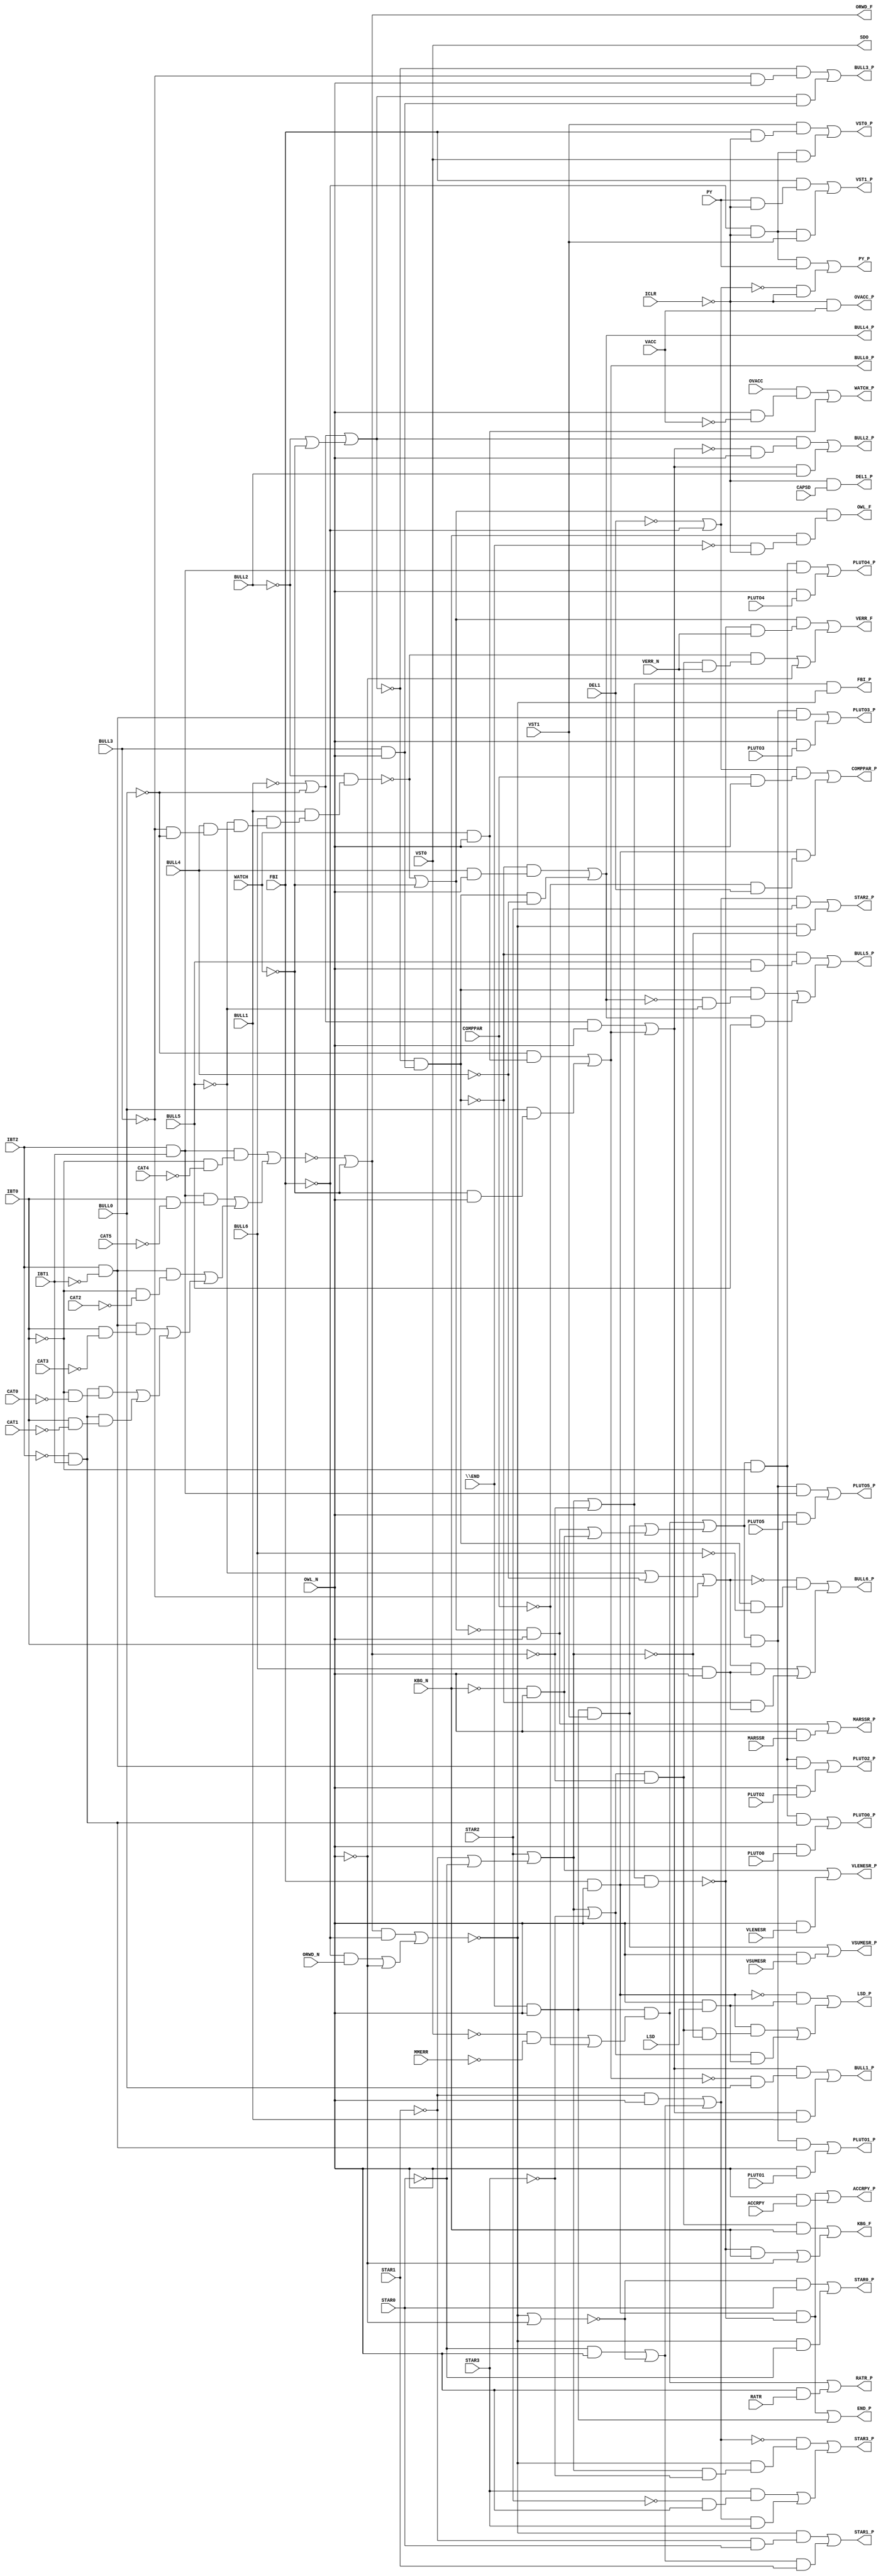
// IWLS benchmark module "apex7" printed on Wed May 29 16:27:40 2002
module apex7(CAPSD, CAT0, CAT1, CAT2, CAT3, CAT4, CAT5, VACC, MMERR, IBT0, IBT1, IBT2, ICLR, LSD, ACCRPY, VERR_N, RATR, MARSSR, VLENESR, VSUMESR, PLUTO0, PLUTO1, PLUTO2, PLUTO3, PLUTO4, PLUTO5, ORWD_N, OWL_N, PY, \END , FBI, WATCH, OVACC, KBG_N, DEL1, COMPPAR, VST0, VST1, STAR0, STAR1, STAR2, STAR3, BULL0, BULL1, BULL2, BULL3, BULL4, BULL5, BULL6, SDO, LSD_P, ACCRPY_P, VERR_F, RATR_P, MARSSR_P, VLENESR_P, VSUMESR_P, PLUTO0_P, PLUTO1_P, PLUTO2_P, PLUTO3_P, PLUTO4_P, PLUTO5_P, ORWD_F, OWL_F, PY_P, END_P, FBI_P, WATCH_P, OVACC_P, KBG_F, DEL1_P, COMPPAR_P, VST0_P, VST1_P, STAR0_P, STAR1_P, STAR2_P, STAR3_P, BULL0_P, BULL1_P, BULL2_P, BULL3_P, BULL4_P, BULL5_P, BULL6_P);
input
  PLUTO0,
  PLUTO1,
  PLUTO2,
  PLUTO3,
  PLUTO4,
  PLUTO5,
  PY,
  VST0,
  VST1,
  VLENESR,
  BULL0,
  BULL1,
  BULL2,
  BULL3,
  BULL4,
  BULL5,
  BULL6,
  MMERR,
  VERR_N,
  MARSSR,
  \END ,
  WATCH,
  FBI,
  STAR0,
  STAR1,
  STAR2,
  STAR3,
  ACCRPY,
  IBT0,
  IBT1,
  IBT2,
  VSUMESR,
  KBG_N,
  CAPSD,
  CAT0,
  CAT1,
  CAT2,
  CAT3,
  CAT4,
  CAT5,
  ICLR,
  OWL_N,
  ORWD_N,
  OVACC,
  VACC,
  RATR,
  LSD,
  DEL1,
  COMPPAR;
output
  VLENESR_P,
  VST1_P,
  COMPPAR_P,
  BULL5_P,
  END_P,
  PY_P,
  VERR_F,
  PLUTO4_P,
  VSUMESR_P,
  BULL0_P,
  LSD_P,
  STAR2_P,
  SDO,
  PLUTO5_P,
  BULL3_P,
  WATCH_P,
  FBI_P,
  PLUTO2_P,
  MARSSR_P,
  BULL6_P,
  KBG_F,
  STAR0_P,
  PLUTO3_P,
  RATR_P,
  OVACC_P,
  BULL1_P,
  PLUTO0_P,
  STAR3_P,
  VST0_P,
  OWL_F,
  BULL4_P,
  ORWD_F,
  PLUTO1_P,
  ACCRPY_P,
  STAR1_P,
  BULL2_P,
  DEL1_P;
wire
  \[5] ,
  \[45] ,
  \[6] ,
  \[46] ,
  \[7] ,
  \[47] ,
  \[8] ,
  \[48] ,
  \[9] ,
  \[49] ,
  \[20] ,
  \[21] ,
  C1G3,
  \[22] ,
  _1015_m_,
  \[23] ,
  _1214_m_,
  \[24] ,
  \[25] ,
  \[50] ,
  \[26] ,
  \[51] ,
  \[27] ,
  \[28] ,
  \[29] ,
  _254_m__inv,
  \[54] ,
  \[55] ,
  TIMOT,
  \[56] ,
  \[30] ,
  \[31] ,
  C2G5,
  \[32] ,
  \[33] ,
  \[34] ,
  _226_m_,
  \[35] ,
  _873_m_,
  \[36] ,
  \[37] ,
  _44_m__inv,
  \[38] ,
  \[39] ,
  \[10] ,
  \[11] ,
  \[12] ,
  _42_m_,
  _199_m__inv,
  \[13] ,
  \[14] ,
  \[15] ,
  \[40] ,
  \[16] ,
  \[1] ,
  \[41] ,
  \[17] ,
  \[2] ,
  \[42] ,
  \[18] ,
  \[3] ,
  \[43] ,
  \[19] ,
  \[4] ,
  \[44] ;
assign
  \[5]  = (~\[38]  & OWL_N) | (OWL_N & MARSSR),
  \[45]  = \END  & OWL_N,
  \[6]  = (~KBG_N & OWL_N) | (OWL_N & VLENESR),
  \[46]  = C2G5 | ~\[14] ,
  VLENESR_P = \[6] ,
  \[7]  = (\[45]  & VST1) | (OWL_N & VSUMESR),
  \[47]  = ~DEL1 | ~FBI,
  VST1_P = \[25] ,
  COMPPAR_P = \[23] ,
  \[8]  = (\[55]  & \[44] ) | (OWL_N & PLUTO0),
  BULL5_P = \[35] ,
  \[48]  = \[42]  | ~BULL3,
  \[9]  = (\[56]  & \[44] ) | (OWL_N & PLUTO1),
  END_P = \[17] ,
  \[49]  = IBT2 & ~IBT1,
  PY_P = \[16] ,
  VERR_F = \[3] ,
  \[20]  = ~ICLR & VACC,
  \[21]  = (_42_m_ & KBG_N) | ((~_199_m__inv & KBG_N) | ~OWL_N),
  PLUTO4_P = \[12] ,
  C1G3 = (\[50]  & (~IBT0 & ~CAT4)) | ((\[50]  & (IBT0 & ~CAT5)) | ((\[49]  & (~IBT0 & ~CAT2)) | ((\[49]  & (IBT0 & ~CAT3)) | ((\[44]  & (~IBT0 & ~CAT0)) | (\[44]  & (IBT0 & ~CAT1)))))),
  VSUMESR_P = \[7] ,
  \[22]  = ~ICLR & CAPSD,
  _1015_m_ = (\[45]  & \[40] ) | ((\[45]  & VST1) | ((~\[38]  & OWL_N) | (~KBG_N & OWL_N))),
  BULL0_P = \[30] ,
  LSD_P = \[1] ,
  \[23]  = (\[47]  & (COMPPAR & OWL_N)) | (\[41]  & (~COMPPAR & DEL1)),
  _1214_m_ = (\[51]  & OWL_N) | \[30] ,
  \[24]  = (VST1 & (FBI & ~ICLR)) | (\[54]  & VST0),
  STAR2_P = \[28] ,
  \[25]  = (FBI & (PY & ~ICLR)) | (\[54]  & VST1),
  \[50]  = IBT2 & IBT1,
  \[26]  = (~_44_m__inv & STAR0) | (~_254_m__inv & ~STAR0),
  SDO = VST0,
  \[51]  = ~BULL1 | ~BULL0,
  \[27]  = (~_254_m__inv & (~STAR1 & STAR0)) | (\[39]  & STAR1),
  PLUTO5_P = \[13] ,
  BULL3_P = \[33] ,
  \[28]  = (\[43]  & STAR2) | (~_254_m__inv & ~C2G5),
  WATCH_P = \[19] ,
  \[29]  = (~\[43]  & (~_254_m__inv & (C2G5 & ~STAR3))) | ((STAR3 & (~STAR2 & OWL_N)) | (\[43]  & STAR3)),
  FBI_P = \[18] ,
  _254_m__inv = (\[14]  & ~FBI) | ((~FBI & ORWD_N) | ~OWL_N),
  PLUTO2_P = \[10] ,
  \[54]  = ~FBI & ~ICLR,
  \[55]  = _1015_m_ & ~IBT0,
  MARSSR_P = \[5] ,
  TIMOT = ~BULL2 & (BULL1 & (BULL6 & (~BULL5 & (BULL4 & (~BULL3 & ~BULL0))))),
  \[56]  = _1015_m_ & IBT0,
  BULL6_P = \[36] ,
  KBG_F = \[21] ,
  STAR0_P = \[26] ,
  \[30]  = (~BULL0 & (WATCH & OWL_N)) | (BULL0 & (~WATCH & OWL_N)),
  \[31]  = (_1214_m_ & (~\[30]  & BULL0)) | (_1214_m_ & BULL1),
  PLUTO3_P = \[11] ,
  RATR_P = \[4] ,
  C2G5 = STAR2 | (~STAR1 | ~STAR0),
  OVACC_P = \[20] ,
  \[32]  = (_226_m_ & (~_1214_m_ & OWL_N)) | (_1214_m_ & BULL2),
  BULL1_P = \[31] ,
  \[33]  = (~_226_m_ & (~BULL3 & OWL_N)) | (_226_m_ & (BULL3 & OWL_N)),
  PLUTO0_P = \[8] ,
  \[34]  = (~_873_m_ & (BULL4 & OWL_N)) | (_873_m_ & ~BULL4),
  _226_m_ = \[51]  | (~BULL2 | ~WATCH),
  STAR3_P = \[29] ,
  \[35]  = (~_873_m_ & (BULL5 & OWL_N)) | ((_873_m_ & (~\[34]  & ~BULL5)) | (\[34]  & BULL5)),
  _873_m_ = ~_226_m_ & (BULL3 & OWL_N),
  \[36]  = (~\[48]  & (_873_m_ & ~BULL6)) | ((\[48]  & (BULL6 & OWL_N)) | (~_873_m_ & (BULL6 & OWL_N))),
  \[37]  = C2G5 | ~STAR3,
  VST0_P = \[24] ,
  OWL_F = \[15] ,
  _44_m__inv = ~_254_m__inv | ~OWL_N,
  BULL4_P = \[34] ,
  \[38]  = ~TIMOT | ~WATCH,
  ORWD_F = \[14] ,
  \[39]  = (~STAR0 & OWL_N) | ~_44_m__inv,
  PLUTO1_P = \[9] ,
  \[10]  = (\[55]  & \[49] ) | (OWL_N & PLUTO2),
  ACCRPY_P = \[2] ,
  \[11]  = (\[56]  & \[49] ) | (OWL_N & PLUTO3),
  \[12]  = (\[55]  & \[50] ) | (OWL_N & PLUTO4),
  _42_m_ = \[37]  & ~\[14] ,
  _199_m__inv = \[46]  & \[41] ,
  \[13]  = (\[56]  & \[50] ) | (OWL_N & PLUTO5),
  \[14]  = ~C1G3 | ~WATCH,
  STAR1_P = \[27] ,
  \[15]  = \[38]  & (KBG_N & (~\END  & ~ICLR)),
  \[40]  = (~VST0 & ~MMERR) | ~COMPPAR,
  \[16]  = (\[54]  & PY) | (~\[47]  & ~ICLR),
  \[1]  = (~\[41]  & (OWL_N & LSD)) | ((\[41]  & (_42_m_ & ~C2G5)) | (\[37]  & (OWL_N & LSD))),
  \[41]  = FBI & OWL_N,
  \[17]  = (\[41]  & ~_199_m__inv) | \[45] ,
  \[2]  = (\[41]  & ~_199_m__inv) | (OWL_N & ACCRPY),
  \[42]  = ~BULL5 | ~BULL4,
  BULL2_P = \[32] ,
  \[18]  = \[46]  & ~_254_m__inv,
  DEL1_P = \[22] ,
  \[3]  = (\[38]  & (~_199_m__inv & VERR_N)) | ((~TIMOT & (_42_m_ & VERR_N)) | ~OWL_N),
  \[43]  = (~STAR1 & OWL_N) | \[39] ,
  \[19]  = (OVACC & (OWL_N & ~VACC)) | (WATCH & OWL_N),
  \[4]  = (\[45]  & \[40] ) | (OWL_N & RATR),
  \[44]  = ~IBT2 & IBT1;
endmodule